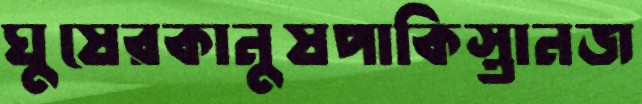
ঘুষেরকানুষপাকিস্তানজ